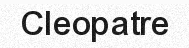
Cleopatre